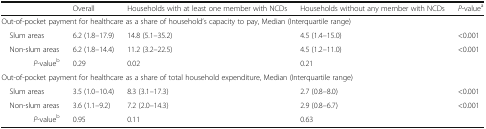
<table><thead><tr><td></td><td><b>Overall</b></td><td><b>Households with at least one member with NCDs</b></td><td><b>Households without any member with NCDs</b></td><td><b><i>P</i>-value<sup>a</sup></b></td></tr></thead><tbody><tr><td colspan="5">Out-of-pocket payment for healthcare as a share of household’s capacity to pay, Median (Interquartile range)</td></tr><tr><td> Slum areas</td><td>6.2 (1.8–17.9)</td><td>14.8 (5.1–35.2)</td><td>4.5 (1.4–15.0)</td><td>&lt;0.001</td></tr><tr><td> Non-slum areas</td><td>6.2 (1.8–14.4)</td><td>11.2 (3.2–22.5)</td><td>4.5 (1.2–11.0)</td><td>&lt;0.001</td></tr><tr><td><i>P</i>-value<sup>b</sup></td><td>0.29</td><td>0.02</td><td>0.21</td><td></td></tr><tr><td colspan="5">Out-of-pocket payment for healthcare as a share of total household expenditure, Median (Interquartile range)</td></tr><tr><td> Slum areas</td><td>3.5 (1.0–10.4)</td><td>8.3 (3.1–17.3)</td><td>2.7 (0.8–8.0)</td><td>&lt;0.001</td></tr><tr><td> Non-slum areas</td><td>3.6 (1.1–9.2)</td><td>7.2 (2.0–14.3)</td><td>2.9 (0.8–6.7)</td><td>&lt;0.001</td></tr><tr><td><i>P</i>-value<sup>b</sup></td><td>0.95</td><td>0.11</td><td>0.63</td><td></td></tr></tbody></table>